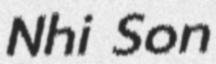
Nhi Son